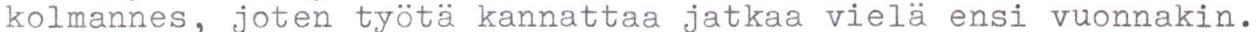
kolmannes, joten työtä kannattaa jatkaa vielä ensi vuonnakin.